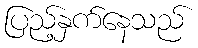
ပြည့်နှက်နေသည်